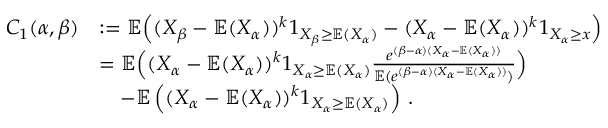
\begin{array} { r l } { C _ { 1 } ( \alpha , \beta ) } & { : = \mathbb { E } \Big ( ( X _ { \beta } - \mathbb { E } ( X _ { \alpha } ) ) ^ { k } 1 _ { X _ { \beta } \geq \mathbb { E } ( X _ { \alpha } ) } - ( X _ { \alpha } - \mathbb { E } ( X _ { \alpha } ) ) ^ { k } 1 _ { X _ { \alpha } \geq x } \Big ) } \\ & { = \mathbb { E } \Big ( ( X _ { \alpha } - \mathbb { E } ( X _ { \alpha } ) ) ^ { k } 1 _ { X _ { \alpha } \geq \mathbb { E } ( X _ { \alpha } ) } \frac { e ^ { ( \beta - \alpha ) ( X _ { \alpha } - \mathbb { E } ( X _ { \alpha } ) ) } } { \mathbb { E } ( e ^ { ( \beta - \alpha ) ( X _ { \alpha } - \mathbb { E } ( X _ { \alpha } ) ) } ) } \Big ) } \\ & { \quad - \mathbb { E } \left( ( X _ { \alpha } - \mathbb { E } ( X _ { \alpha } ) ) ^ { k } 1 _ { X _ { \alpha } \geq \mathbb { E } ( X _ { \alpha } ) } \right) \, . } \end{array}